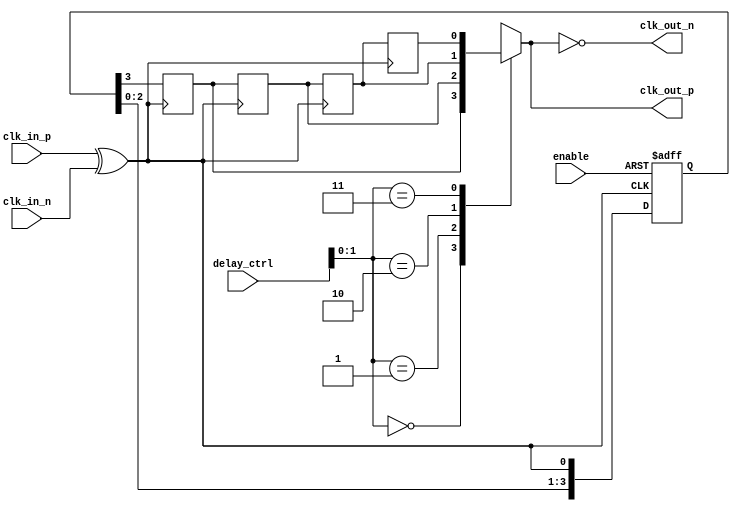
module skew_optimized_clock_buffer (
    input wire clk_in_p,          // Positive differential clock input
    input wire clk_in_n,          // Negative differential clock input
    input wire [3:0] delay_ctrl,  // Programmable delay control
    input wire enable,             // Enable signal for the buffer
    output wire clk_out_p,        // Positive differential clock output
    output wire clk_out_n         // Negative differential clock output
);

    // Internal signals
    wire clk_buf;                 // Buffered clock signal
    wire clk_delayed;             // Delayed clock signal

    // Input Stage: Differential to Single-Ended Conversion
    // Simple example of a differential buffer
    wire clk_diff;
    assign clk_diff = clk_in_p ^ clk_in_n; // XOR for simple differential to single-ended conversion

    // Multi-Stage Buffering
    // Buffer stages to improve drive strength
    reg [3:0] buffer_stage;
    always @(posedge clk_diff or negedge enable) begin
        if (!enable) begin
            buffer_stage <= 4'b0000; // Reset buffer stages
        end else begin
            buffer_stage <= {buffer_stage[2:0], clk_diff}; // Shift in the clock signal
        end
    end

    // Adjustable Delay Line
    // Simple delay line implementation
    reg [3:0] delay_line [0:3]; // 4 stages of delay
    integer i;
    always @(posedge clk_diff) begin
        for (i = 0; i < 3; i = i + 1) begin
            delay_line[i + 1] <= delay_line[i]; // Shift delay
        end
        delay_line[0] <= buffer_stage[3]; // Input to delay line
    end

    // Output Stage: Drive the output clock signals
    assign clk_delayed = delay_line[delay_ctrl]; // Select delay based on control signal

    // Differential Output
    assign clk_out_p = clk_delayed; // Positive output
    assign clk_out_n = ~clk_delayed; // Negative output (inverted)

endmodule